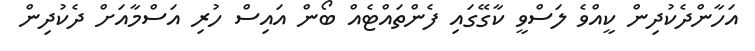
އަހާންދެކުދިން ކީއްވެ ލަސްވީ ކާގޭގައި ފެންތައްޓެއް ބޯން އައިސް ހުރި އަސްމާއަށް ދެކުދިން